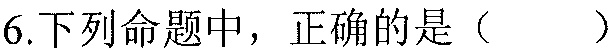
6.下列命题中，正确的是（  ）